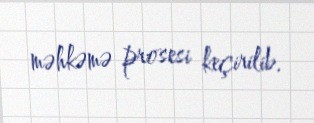
məhkəmə prosesi keçirilib.